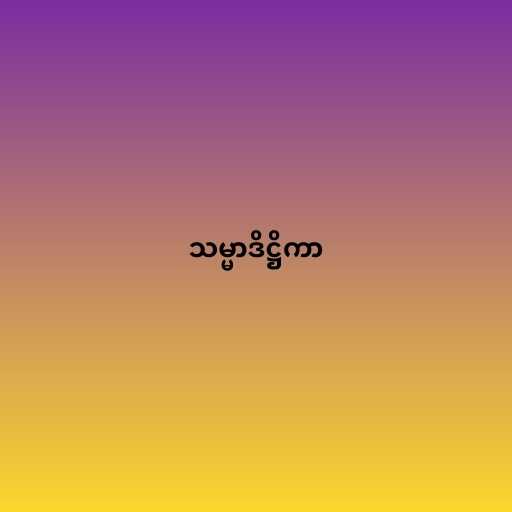
သမ္မာဒိဋ္ဌိကာ